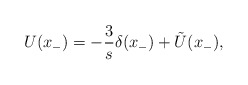
\begin{align*}U(x_{-}) = -\frac{3}{s} \delta(x_{-}) + \tilde{U}(x_{-}),\end{align*}